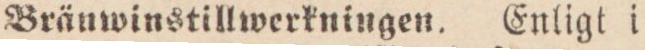
Bränwinstillwerkningen. Enligt i